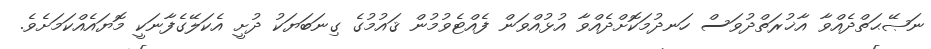
ނަޞޭޙަތްދެއްވާ އާޚުރަތްދުވަސް ހަނދުމަކޮށްދެއްވާ އުޅުއްވަން ފެއްޓެވުމުން ޤައުމުގެ ގިނަބަޔަކު ދުށީ އެކަލޭގެފާނަކީ މޮޔައެއްކަމަށެވެ.